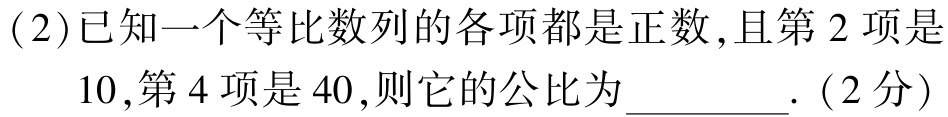
(2)已知一个等比数列的各项都是正数,且第$2$项是

$10$,第$4$项是$40$,则它的公比为_________.（2分）